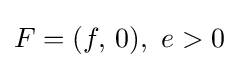
F=(f,\,0),\ e>0